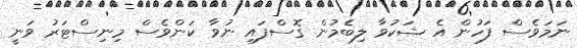
ނަމަވެސް ފަހުން އެ ޝަކުވާ ލިބެމުން ގޮސްފައި ނުވާ ކަންވެސް މިނިސްޓަރު ވަނީ